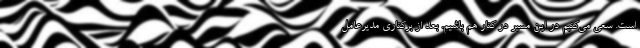
است. سعی می‌کنیم در این مسیر در کنار هم باشیم. بعد از برکناری مدیرعامل